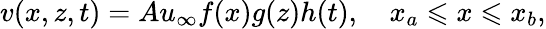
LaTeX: v(x,z,t)=Au_{\infty}f(x)g(z)h(t),\quad x_{a}\leqslant x\leqslant x_{b},